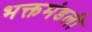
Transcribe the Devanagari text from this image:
भक्तमंडली